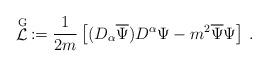
LaTeX: \begin{align*} \stackrel{{\rm G}}{{\mathcal L}}\,:=\frac{1}{2m}\left[(D_\alpha\overline{\Psi} )D^\alpha\Psi-m^2\overline{\Psi}\Psi \right]\,.\end{align*}